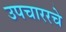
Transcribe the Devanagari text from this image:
उपचाररचे